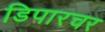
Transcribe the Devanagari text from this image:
डिपारचर